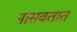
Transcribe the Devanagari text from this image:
नासवतात